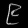
Digit: ၉